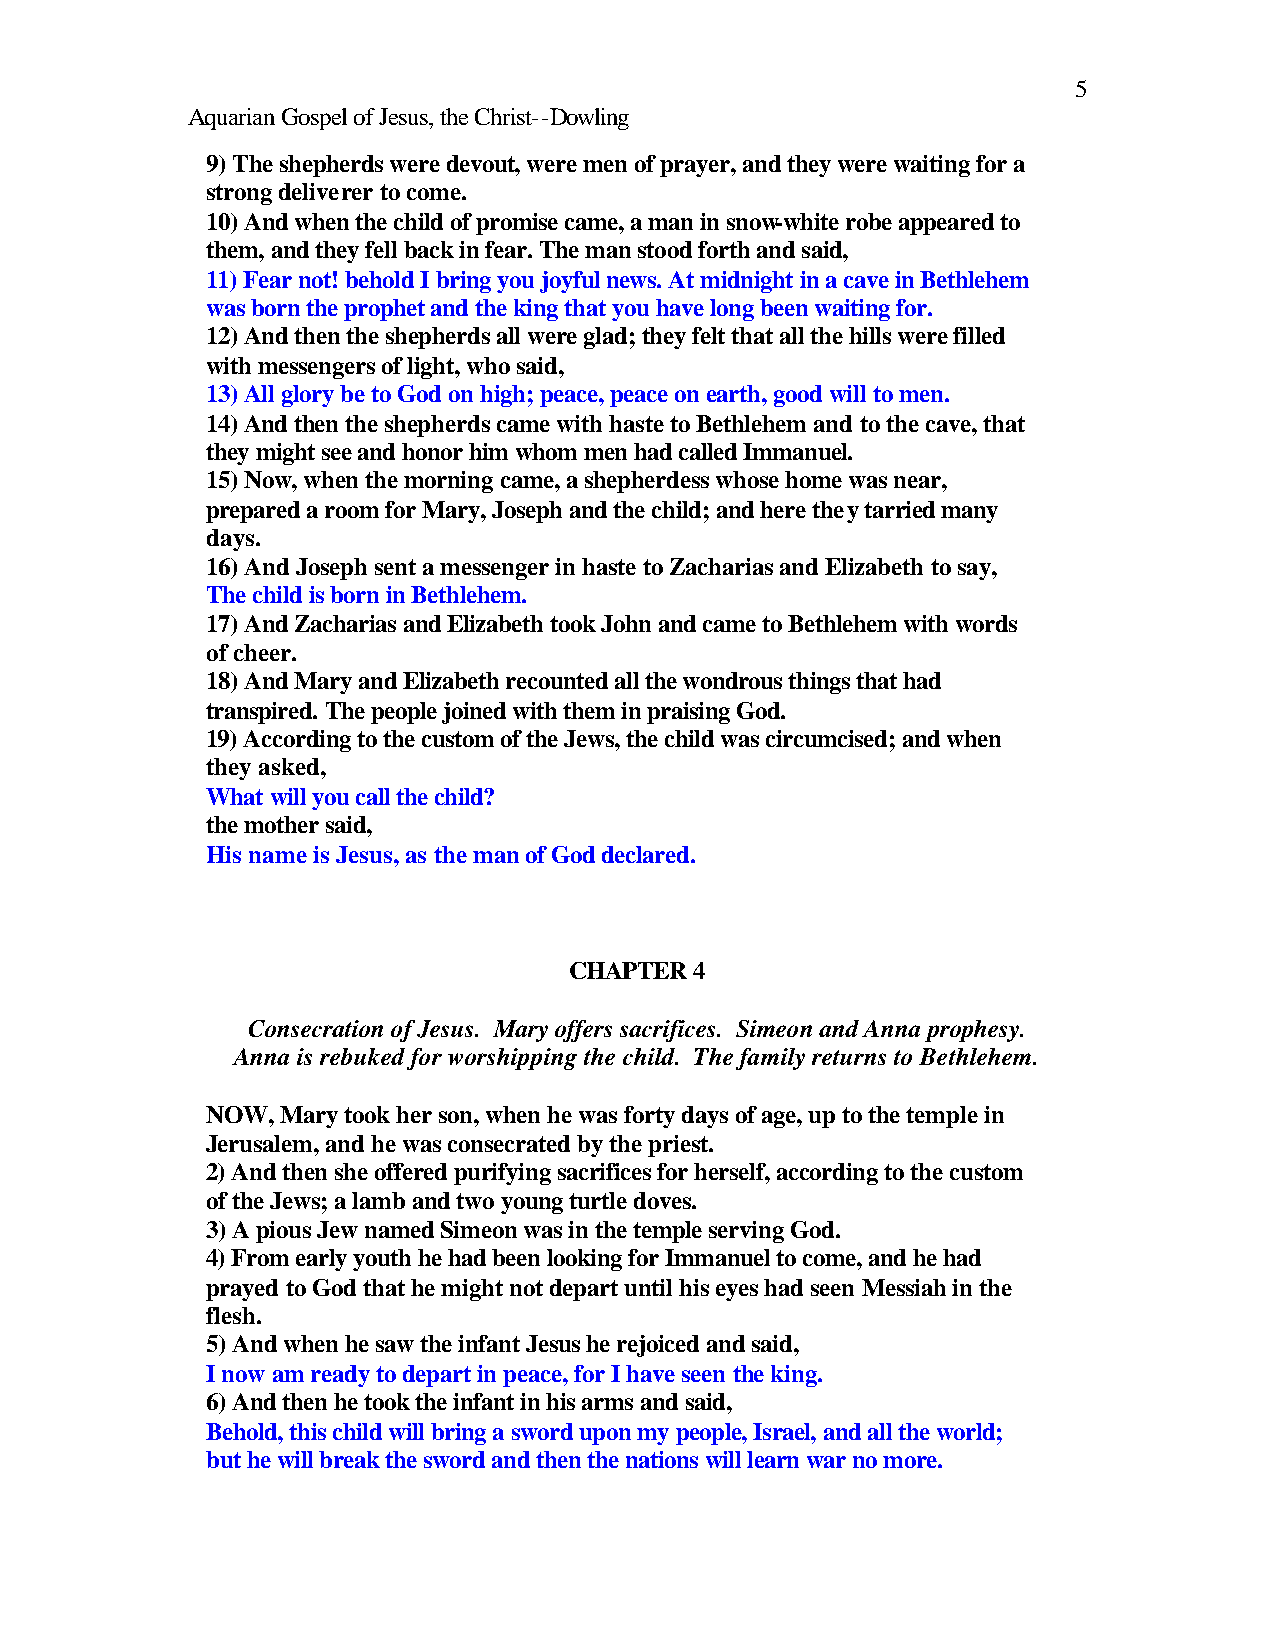
5
 Aquarian Gospel of Jesus, the Christ--Dowling
 9) The shepherds were devout, were men of prayer, and they were waiting for a
 strong deliverer to come.
 10) And when the child of promise came, a man in snow-white robe appeared to
 them, and they fell back in fear. The man stood forth and said,
 11) Fear not! behold I bring you joyful news. At midnight in a cave in Bethlehem
 was born the prophet and the king that you have long been waiting for.
 12) And then the shepherds all were glad; they felt that all the hills were filled
 with messengers of light, who said,
 13) All glory be to God on high; peace, peace on earth, good will to men.
 14) And then the shepherds came with haste to Bethlehem and to the cave, that
 they might see and honor him whom men had called Immanuel.
 15) Now, when the morning came, a shepherdess whose home was near,
 prepared a room for Mary, Joseph and the child; and here they tarried many
 days.
 16) And Joseph sent a messenger in haste to Zacharias and Elizabeth to say,
 The child is born in Bethlehem.
 17) And Zacharias and Elizabeth took John and came to Bethlehem with words
 of cheer.
 18) And Mary and Elizabeth recounted all the wondrous things that had
 transpired. The people joined with them in praising God.
 19) According to the custom of the Jews, the child was circumcised; and when
 they asked,
 What will you call the child?
 the mother said,
 His name is Jesus, as the man of God declared.
 CHAPTER 4
 Consecration of Jesus. Mary offers sacrifices. Simeon and Anna prophesy.
 Anna is rebuked for worshipping the child. The family returns to Bethlehem.
 NOW, Mary took her son, when he was forty days of age, up to the temple in
 Jerusalem, and he was consecrated by the priest.
 2) And then she offered purifying sacrifices for herself, according to the custom
 of the Jews; a lamb and two young turtle doves.
 3) A pious Jew named Simeon was in the temple serving God.
 4) From early youth he had been looking for Immanuel to come, and he had
 prayed to God that he might not depart until his eyes had seen Messiah in the
 flesh.
 5) And when he saw the infant Jesus he rejoiced and said,
 I now am ready to depart in peace, for I have seen the king.
 6) And then he took the infant in his arms and said,
 Behold, this child will bring a sword upon my people, Israel, and all the world;
 but he will break the sword and then the nations will learn war no more.